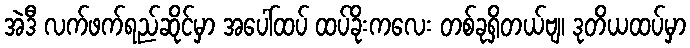
အဲဒီ လက်ဖက်ရည်ဆိုင်မှာ အပေါ်ထပ် ထပ်ခိုးကလေး တစ်ခုရှိတယ်ဗျ၊ ဒုတိယထပ်မှာ